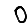
Digit: 0